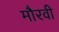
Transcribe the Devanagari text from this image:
मौरवी